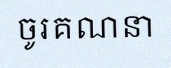
ចូរគណនា